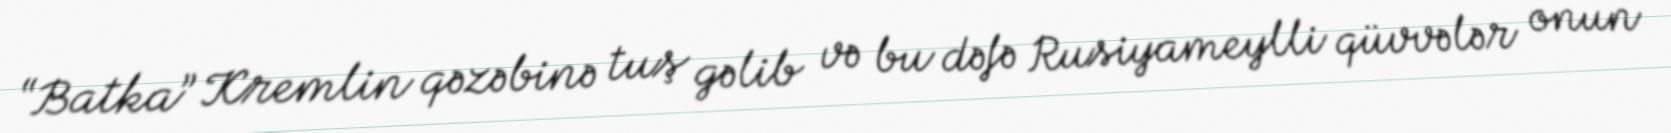
“Batka” Kremlin qəzəbinə tuş gəlib və bu dəfə Rusiyameylli qüvvələr onun